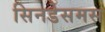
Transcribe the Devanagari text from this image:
सिनडेसमस